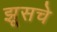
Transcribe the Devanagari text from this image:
झूसचे